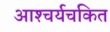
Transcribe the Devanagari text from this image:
आश्‍चर्यचकित